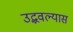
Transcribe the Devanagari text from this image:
उद्भवल्यास